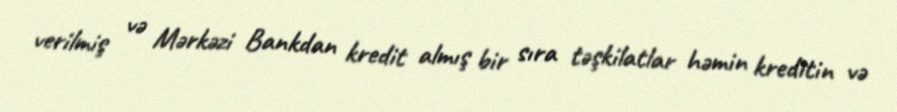
verilmiş və Mərkəzi Bankdan kredit almış bir sıra təşkilatlar həmin kreditin və